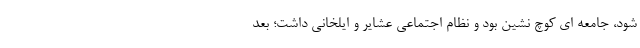
شود، جامعه ای کوچ نشین بود و نظام اجتماعی عشایر و ایلخانی داشت؛ بعد